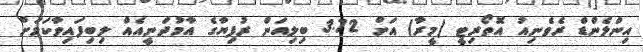
އިންލެންޑް ރެވެނިއު އޮތޯރިޓީ (މީރާ) އަށް 3.72 ބިލިއަން ރުފިޔާގެ އާމުދަނީއެއް ލިބިފައިވާކަމަށް